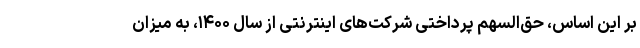
بر این اساس، حق‌السهم پرداختی شرکت‌های اینترنتی از سال ۱۴۰۰، به میزان